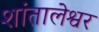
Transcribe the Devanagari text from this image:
शांतालेश्वर